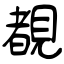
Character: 覩